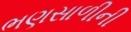
ભણસાળીની